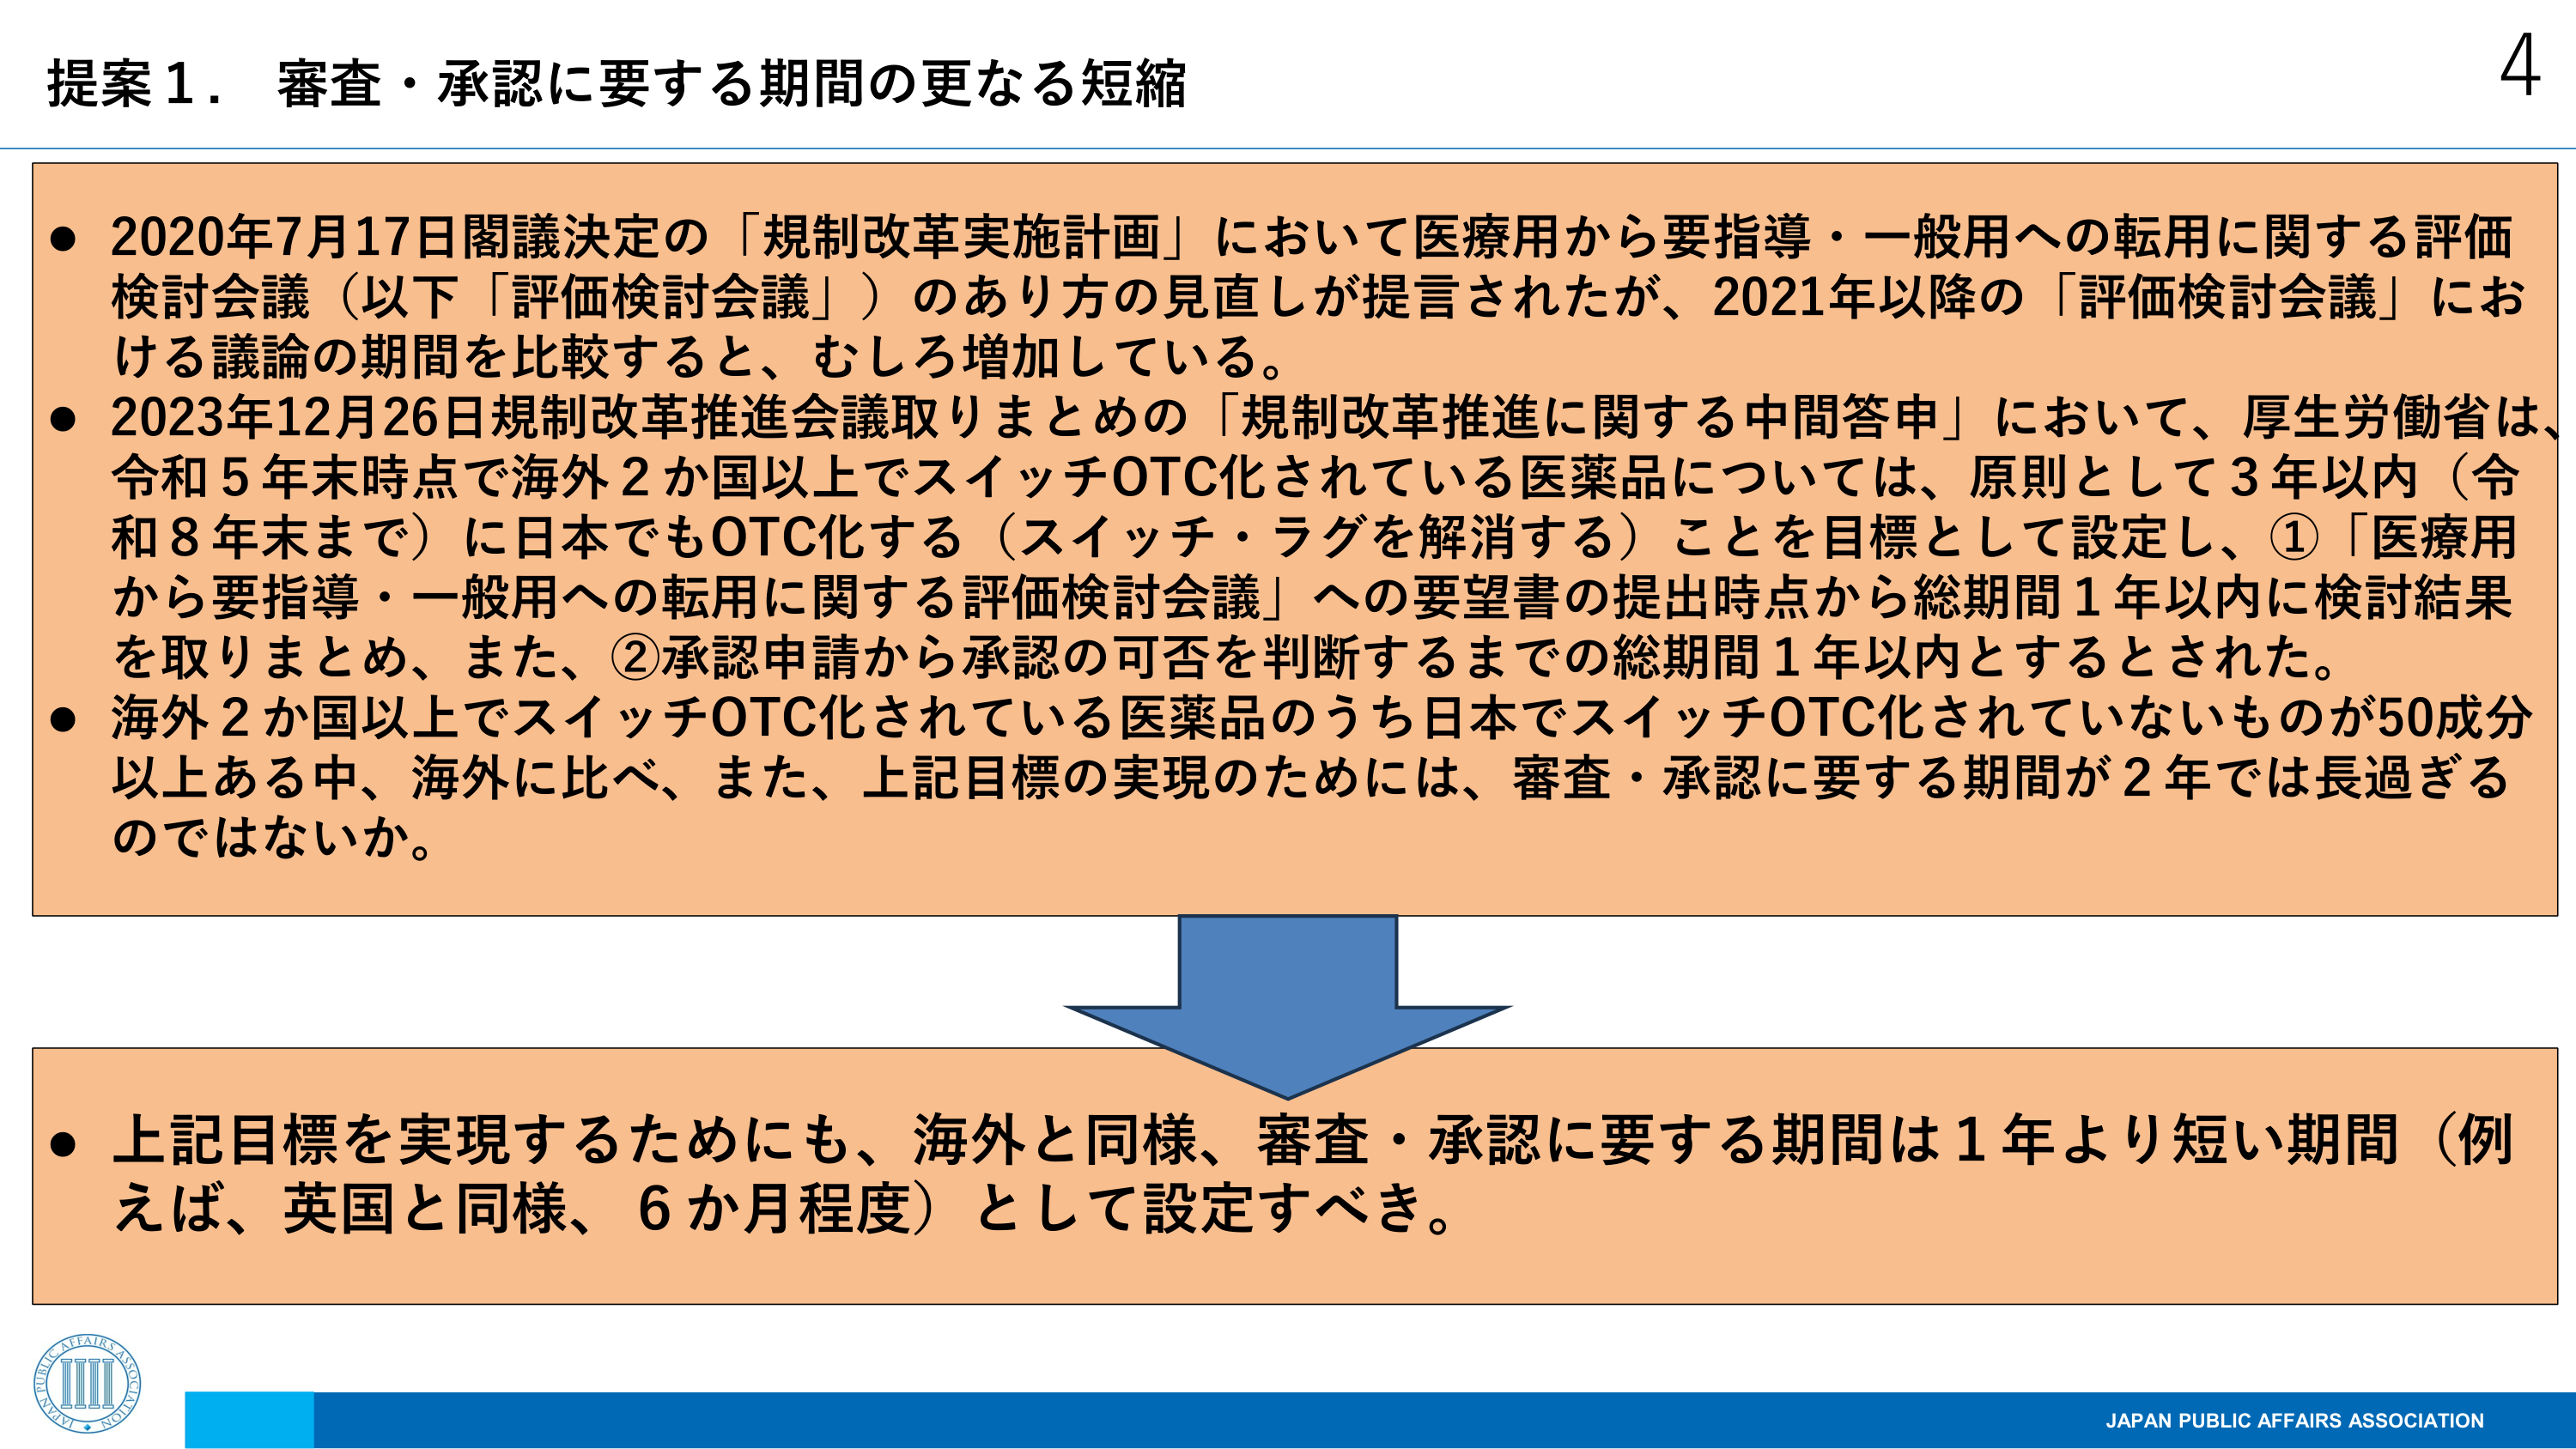
提案１．審査・承認に要する期間の更なる短縮

● 2020年7月17日閣議決定の「規制改革実施計画」において医療用から要指導・一般用への転用に関する評価検討会議（以下「評価検討会議」）のあり方の見直しが提言されたが、2021年以降の「評価検討会議」における議論の期間を比較すると、むしろ増加している。

● 2023年12月26日規制改革推進会議取りまとめの「規制改革推進に関する中間答申」において、厚生労働省は、令和5年末時点で海外2か国以上でスイッチOTC化されている医薬品については、原則として3年以内（令和8年末まで）に日本でもOTC化する（スイッチ・ラグを解消する）ことを目標として設定し、①「医療用から要指導・一般用への転用に関する評価検討会議」への要望書の提出時点から総期間1年以内に検討結果を取りまとめ、また、②承認申請から承認の可否を判断するまでの総期間1年以内とするとされた。

● 海外2か国以上でスイッチOTC化されている医薬品のうち日本でスイッチOTC化されていないものが50成分以上ある中、海外に比べ、また、上記目標の実現のためには、審査・承認に要する期間が2年では長過ぎるのではないか。

● 上記目標を実現するためにも、海外と同様、審査・承認に要する期間は1年より短い期間（例えば、英国と同様、6か月程度）として設定すべき。

JAPAN PUBLIC AFFAIRS ASSOCIATION